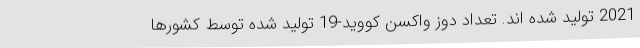
2021 تولید شده اند. تعداد دوز واکسن کووید-19 تولید شده توسط کشورها